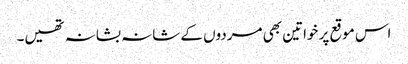
اس موقع پر خواتین بھی مردوں کے شانہ بشانہ تھیں۔